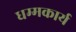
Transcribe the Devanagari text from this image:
धम्मकार्य